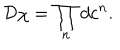
{ \cal D } \chi = \prod _ { n } d c ^ { n } .